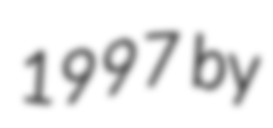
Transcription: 1997 by